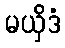
မယှိဒံ